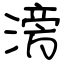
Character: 滂